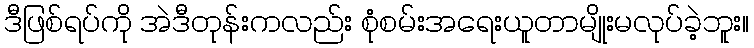
ဒီဖြစ်ရပ်ကို အဲဒီတုန်းကလည်း စုံစမ်းအရေးယူတာမျိုးမလုပ်ခဲ့ဘူး။